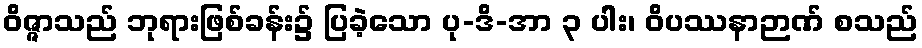
ဝိဇ္ဇာသည် ဘုရားဖြစ်ခန်း၌ ပြခဲ့သော ပု-ဒိ-အာ ၃ ပါး၊ ဝိပဿနာဉာဏ် စသည်